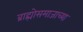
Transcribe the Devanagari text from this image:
ब्राह्मोसमाजाच्या